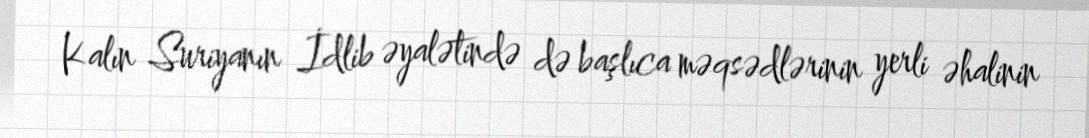
Kalın Suriyanın İdlib əyalətində də başlıca məqsədlərinin yerli əhalinin